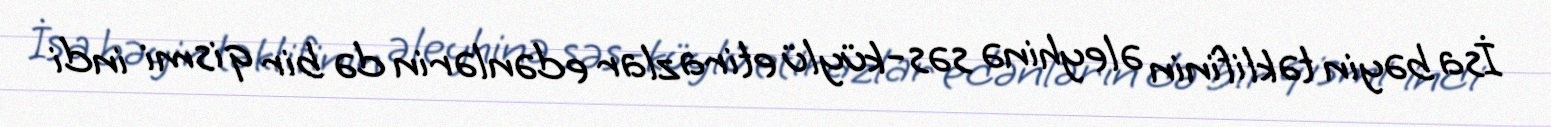
İsa bəyin təklifinin əleyhinə səs-küylü etirazlar edənlərin də bir qismi indi